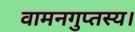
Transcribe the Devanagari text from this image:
वामनगुप्तस्य।